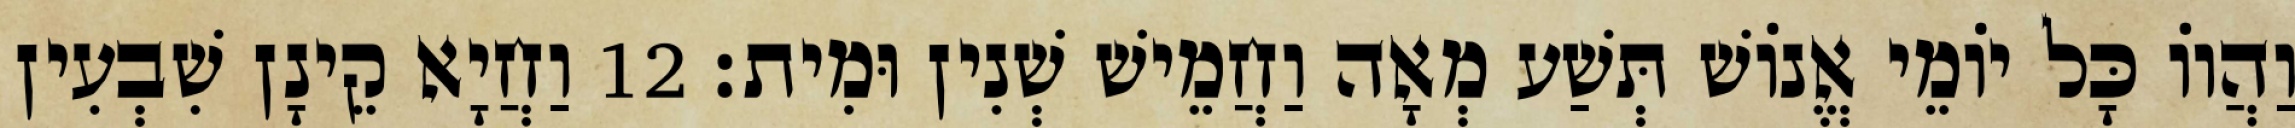
וַהֲווֹ כָּל יוֹמֵי אֱנוֹשׁ תְּשַׁע מְאָה וַחֲמֵישׁ שְׁנִין וּמִית׃ 12 וַחֲיָא קֵינָן שִׁבְעִין